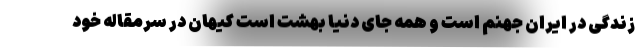
زندگی در ایران جهنم است و همه جای دنیا بهشت است کیهان در سرمقاله خود